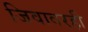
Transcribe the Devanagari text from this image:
जिवावरही